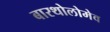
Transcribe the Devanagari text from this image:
बारथोलोमेव